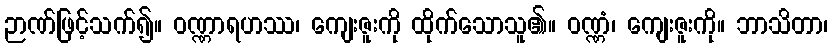
ဉာဏ်ဖြင့်သက်၍။ ဝဏ္ဏာရဟဿ၊ ကျေးဇူးကို ထိုက်သောသူ၏။ ဝဏ္ဏံ၊ ကျေးဇူးကို။ ဘာသိတာ၊